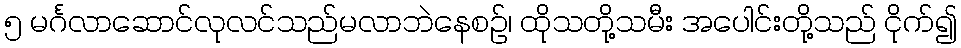
၅ မင်္ဂလာဆောင်လုလင်သည်မလာဘဲနေစဉ်၊ ထိုသတို့သမီး အပေါင်းတို့သည် ငိုက်၍